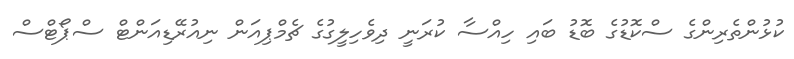
ކުޅުންތެރިންގެ ސްކޮޑުގެ ބޮޑު ބައި ހިއްސާ ކުރަނީ ދިވެހިލީގުގެ ޗެމްޕިއަން ނިއުރޭޑިއަންޓް ސްޕޯޓްސް